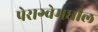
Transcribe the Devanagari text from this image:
पेराग्वेमधील